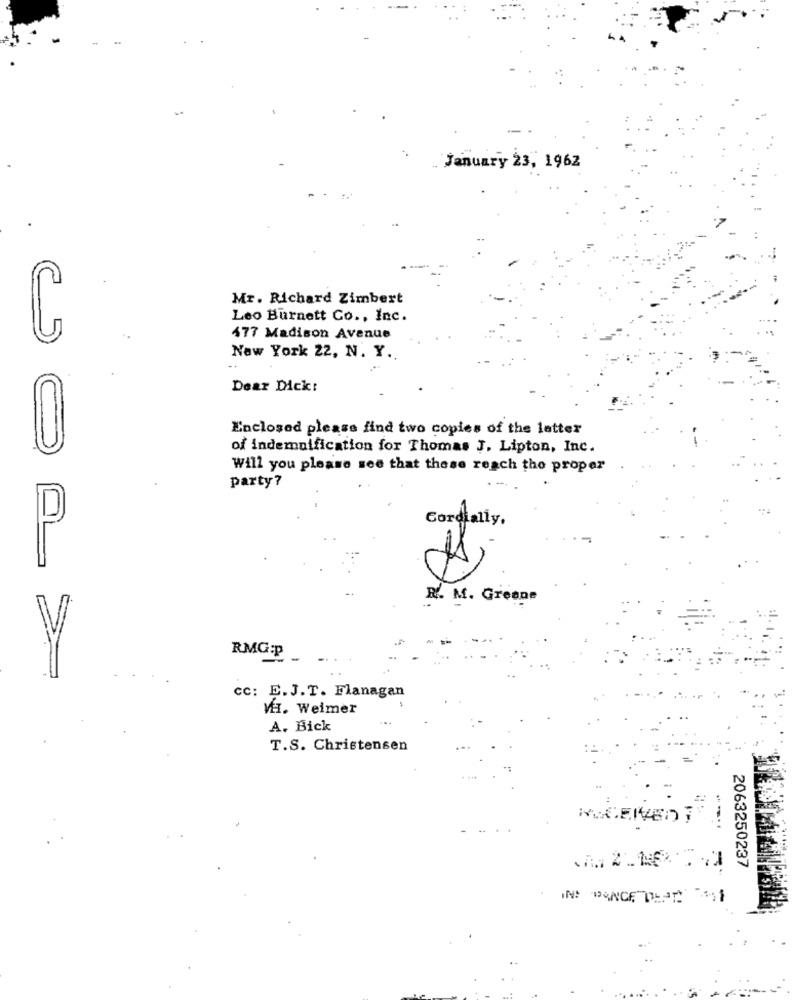
January 23, 1962
Mr. Richard Zimbert
Leo Burnett Co ., Inc.
477 Madison Avenue
New York 22, N. Y.
Dear Dick:
Enclosed please find two copies of the letter
of indemnification for Thomas J. Lipton, Inc.
Will you please see that these reach the proper
party?
Cordialiy.
R. M. Greene
RMG:p
cc: E.J.T. Flanagan
MHI. Weimer
A. Bick
T.S. Christensen
RECEIVED
2063250237
.7. 2 .1.5% .